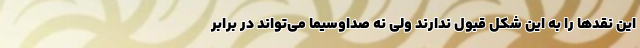
این نقدها را به این شکل قبول ندارند ولی نه صداوسیما می‌تواند در برابر